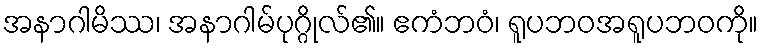
အနာဂါမိဿ၊ အနာဂါမ်ပုဂ္ဂိုလ်၏။ ဧကံဘဝံ၊ ရူပဘဝအရူပဘဝကို။